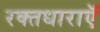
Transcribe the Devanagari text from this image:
रक्तधाराऍं